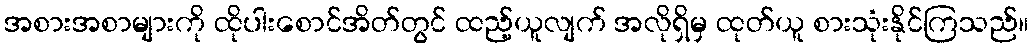
အစားအစာများကို ထိုပါးစောင်အိတ်တွင် ထည့်ယူလျက် အလိုရှိမှ ထုတ်ယူ စားသုံးနိုင်ကြသည်။